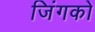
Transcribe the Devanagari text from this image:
जिंगको